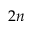
2 n